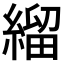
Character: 𦃓